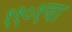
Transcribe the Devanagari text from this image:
११०१चा